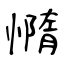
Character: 憜